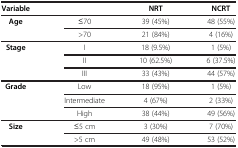
<table><thead><tr><td><b>Variable</b></td><td><b> </b></td><td><b>NRT</b></td><td><b>NCRT</b></td></tr></thead><tbody><tr><td rowspan="2"><b>Age</b></td><td>≤70</td><td>39 (45%)</td><td>48 (55%)</td></tr><tr><td>&gt;70</td><td>21 (84%)</td><td>4 (16%)</td></tr><tr><td rowspan="3"><b>Stage</b></td><td>I</td><td>18 (9.5%)</td><td>1 (5%)</td></tr><tr><td>II</td><td>10 (62.5%)</td><td>6 (37.5%)</td></tr><tr><td>III</td><td>33 (43%)</td><td>44 (57%)</td></tr><tr><td rowspan="3"><b>Grade</b></td><td>Low</td><td>18 (95%)</td><td>1 (5%)</td></tr><tr><td>Intermediate</td><td>4 (67%)</td><td>2 (33%)</td></tr><tr><td>High</td><td>38 (44%)</td><td>49 (56%)</td></tr><tr><td rowspan="2"><b>Size</b></td><td>≤5 cm</td><td>3 (30%)</td><td>7 (70%)</td></tr><tr><td>&gt;5 cm</td><td>49 (48%)</td><td>53 (52%)</td></tr></tbody></table>